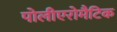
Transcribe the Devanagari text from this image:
पोलीएरोमैटिक